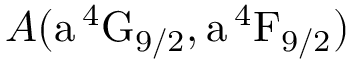
A ( \mathrm { a \, ^ { 4 } G _ { 9 / 2 } , a \, ^ { 4 } F _ { 9 / 2 } } )